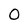
Character: 0